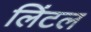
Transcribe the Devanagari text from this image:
लिंटल